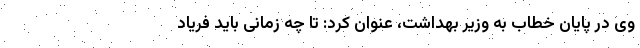
وی در پایان خطاب به وزیر بهداشت، عنوان کرد: تا چه زمانی باید فریاد